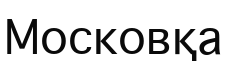
Московқа